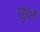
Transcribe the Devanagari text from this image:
सुप्तं